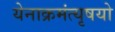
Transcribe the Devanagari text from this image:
येनाक्रमंत्यृषयो